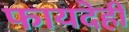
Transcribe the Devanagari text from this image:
फायदेही